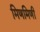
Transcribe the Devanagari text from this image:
मिणमिणी